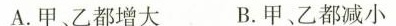
A.甲、乙都增大 B.甲、乙都减小